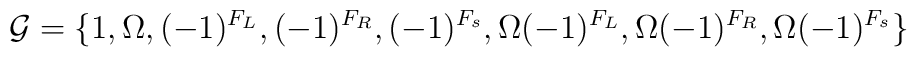
{\cal G} = \{1, \Omega, (-1)^{F_L}, (-1)^{F_R}, (-1)^{F_s}, \Omega(-1)^{F_L}, \Omega (-1)^{F_R}, \Omega (-1)^{F_s}\}